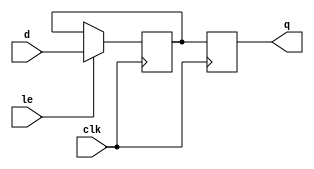
module seq_logic_block(
    input wire d,
    input wire le,
    input wire clk,
    output reg q
);

reg latch;

always @ (posedge clk) begin
    if (le) begin
        latch <= d;
    end
end

always @ (posedge clk) begin
    q <= latch;
end

endmodule